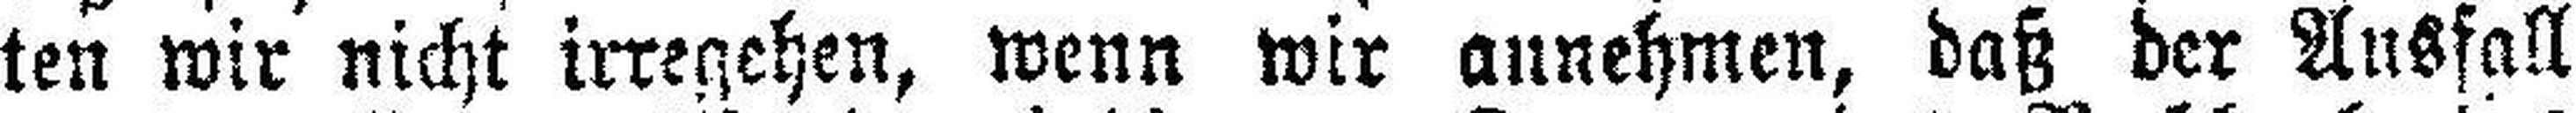
ten wir nicht irregehen, wenn wir annehmen, daß der Ausfall